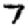
Digit: 7